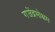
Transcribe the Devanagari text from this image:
गजेंद्रमोक्षम